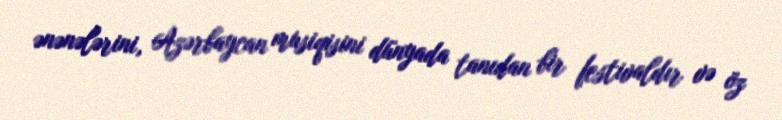
ənənələrini, Azərbaycan musiqisini dünyada tanıdan bir festivaldır və öz